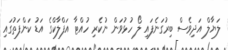
ލަޔާލް އަދިވެސް ބިރުގަނެފައި ލޯ ހުޅުވަން ނުކެރި ހުއްޓާ އަފްލާކްގެ އަޑު ކަންފަތުގައި